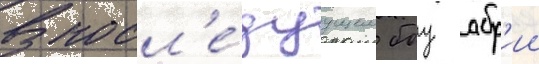
В посл'е́дуущем боу абр'ии